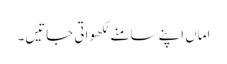
اماں اپنے سامنے لکھواتی جاتیں۔